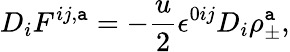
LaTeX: D_{i}F^{ij,\mathtt{a}}=-\frac{{u}}{{2}}\epsilon^{0ij}D_{i}\rho_{\pm}^{\mathtt{a}},